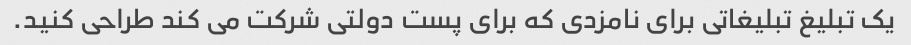
یک تبلیغ تبلیغاتی برای نامزدی که برای پست دولتی شرکت می کند طراحی کنید.